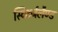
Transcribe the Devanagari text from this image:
स्विटर्जलैण्ड